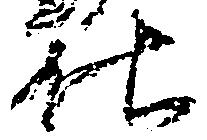
仕